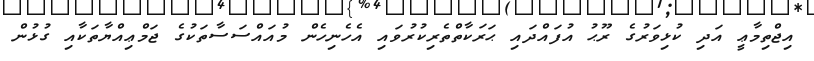
އިޖްތިމާޢީ އަދި ކުޅިވަރުގެ ރޫޙު އުފައްދައި ޙަރަކާތްތެރިކުރުވައި އެހެނިހެން މުއައްސަސާތަކުގެ ޖަމްޢިއްޔާތަކާއި ގުޅުން